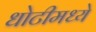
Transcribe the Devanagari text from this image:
धोटीमध्ये